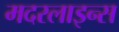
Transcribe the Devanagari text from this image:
मदरलाइन्स